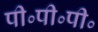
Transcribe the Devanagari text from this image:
पी॰पी॰पी॰